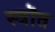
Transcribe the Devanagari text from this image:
स्त्रॊत